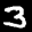
Label: 3